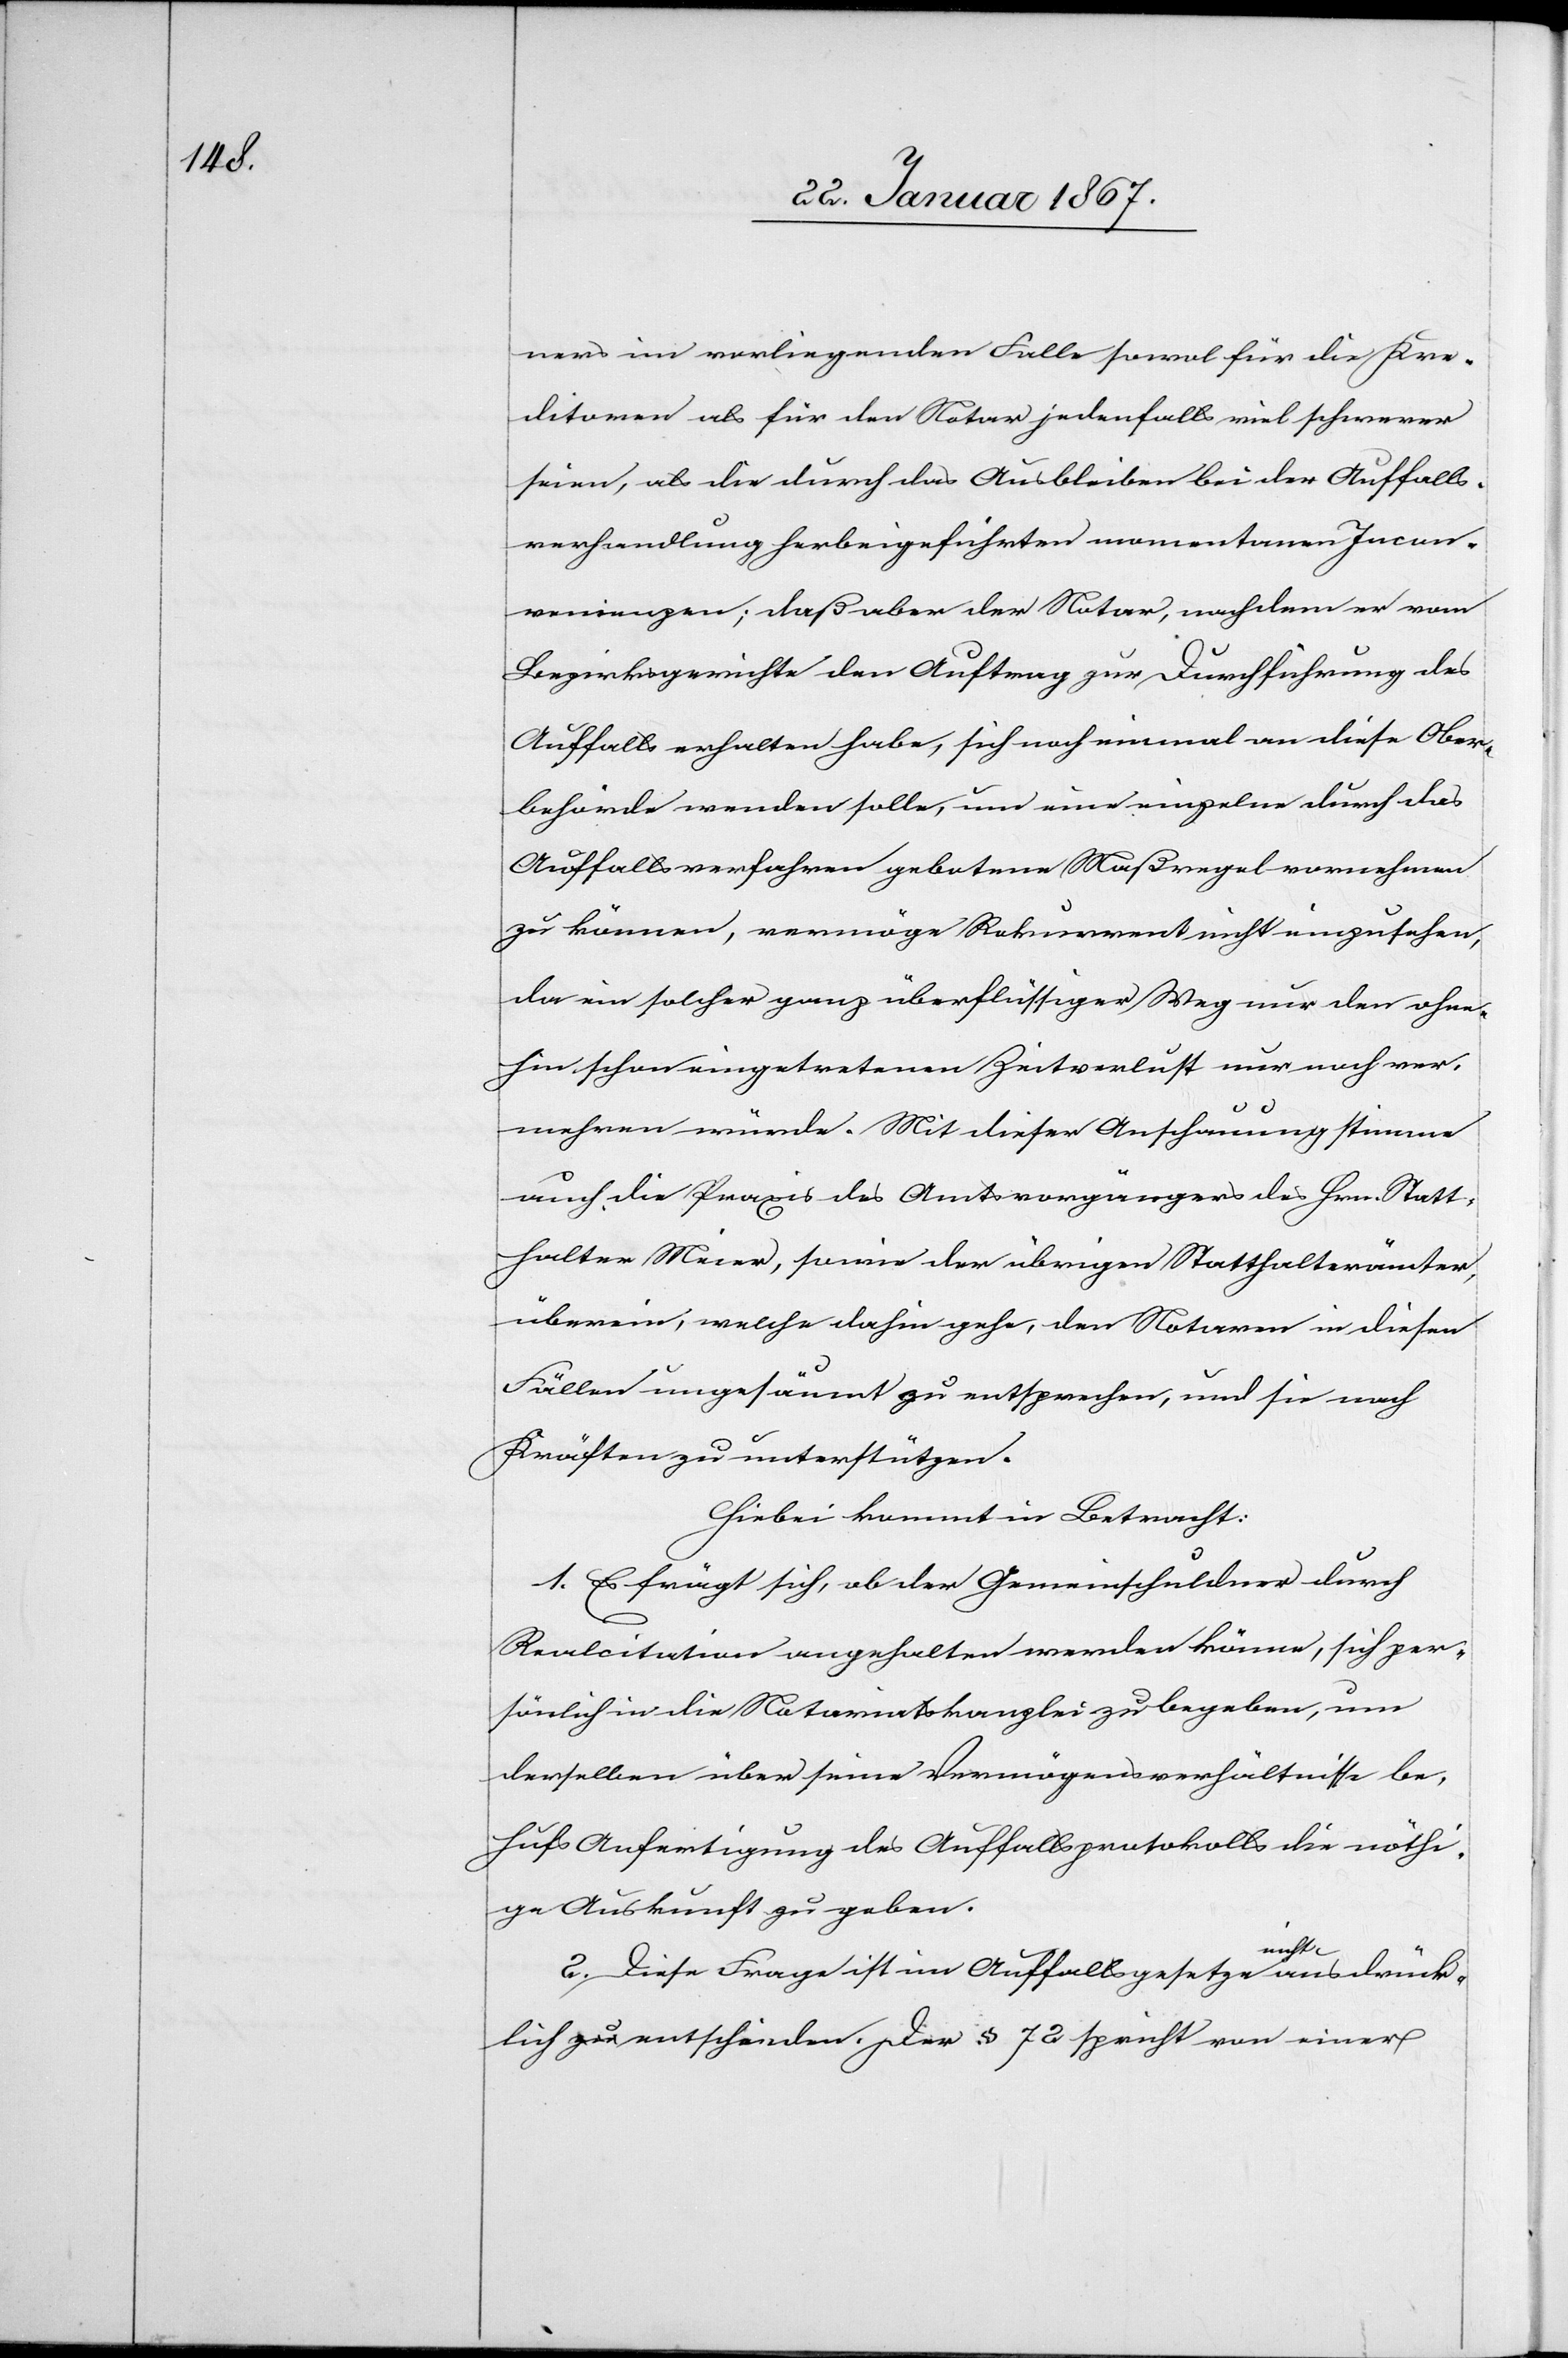
ners im vorliegenden Falle sowol für die Kre¬
ditoren als für den Notar jedenfalls viel schwerer
seien, als die durch das Ausbleiben bei der Auffalls¬
verhandlung herbeigeführten momentanen Incon¬
venienzen, daß aber der Notar, nachdem er vom
Bezirksgerichte den Auftrag zur Durchführung des
Auffalls erhalten habe, sich noch einmal an diese Ober¬
behörde wenden solle, um eine einzelne durch das
Auffallsverfahren gebotene Maßregel vornehmen
zu können, vermöge Recurrent nicht einzusehen,
da ein solcher ganz überflüssiger Weg nur den ohne¬
hin schon eingetretenen Zeitverlust nur noch ver¬
mehren würde. Mit dieser Anschauung stimme
auch die Praxis des Amtsvorgängers des Hrn. Statt¬
halter Meier, sowie der übrigen Statthalterämter,
überein, welche dahin gehe, den Notaren in diesen
Fällen ungesäumt zu entsprechen, und sie nach
Kräften zu unterstützen.
Hiebei kommt in Betracht:
1. Es frägt sich, ob der Gemeinschuldner durch
Realcitation angehalten werden könne, sich per¬
sönlich in die Notariatskanzlei zu begeben, um
derselben über seine Vermögensverhältnisse be¬
hufs Anfertigung des Auffallsprotokolls die nöthi¬
ge Auskunft zu geben.
2. Die Frage ist im Auffallsgesetz nicht ausdrück¬
lich zu entscheiden. Der § 72 sprich von einer